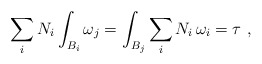
\begin{align*}\sum_i N_i \int_{B_i} \omega_j =\int_{B_j} \sum_i N_i \,\omega_i=\tau \ ,\end{align*}